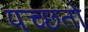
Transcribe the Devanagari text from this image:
पच्छतो